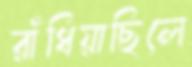
রাঁধিয়াছিলে